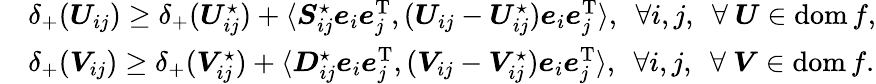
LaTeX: \begin{array}{rl}&{\delta_{+}(\boldsymbol{U}_{ij})\geq\delta_{+}(\boldsymbol{U}_{ij}^{\star})+\langle\boldsymbol{S}_{ij}^{\star}\boldsymbol{e}_{i}\boldsymbol{e}_{j}^{\mathrm{T}},(\boldsymbol{U}_{ij}-\boldsymbol{U}_{ij}^{\star})\boldsymbol{e}_{i}\boldsymbol{e}_{j}^{\mathrm{T}}\rangle,\ \ \forall i,j,\ \ \forall\ \boldsymbol{U}\in\operatorname{dom}f,}\\ &{\delta_{+}(\boldsymbol{V}_{ij})\geq\delta_{+}(\boldsymbol{V}_{ij}^{\star})+\langle\boldsymbol{D}_{ij}^{\star}\boldsymbol{e}_{i}\boldsymbol{e}_{j}^{\mathrm{T}},(\boldsymbol{V}_{ij}-\boldsymbol{V}_{ij}^{\star})\boldsymbol{e}_{i}\boldsymbol{e}_{j}^{\mathrm{T}}\rangle,\ \ \forall i,j,\ \ \forall\ \boldsymbol{V}\in\operatorname{dom}f.}\end{array}